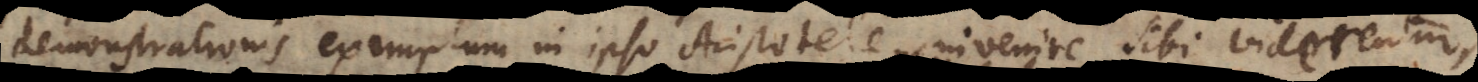
demonstrationis exemplum in ipso Aristotele invenire sibi viderentur,